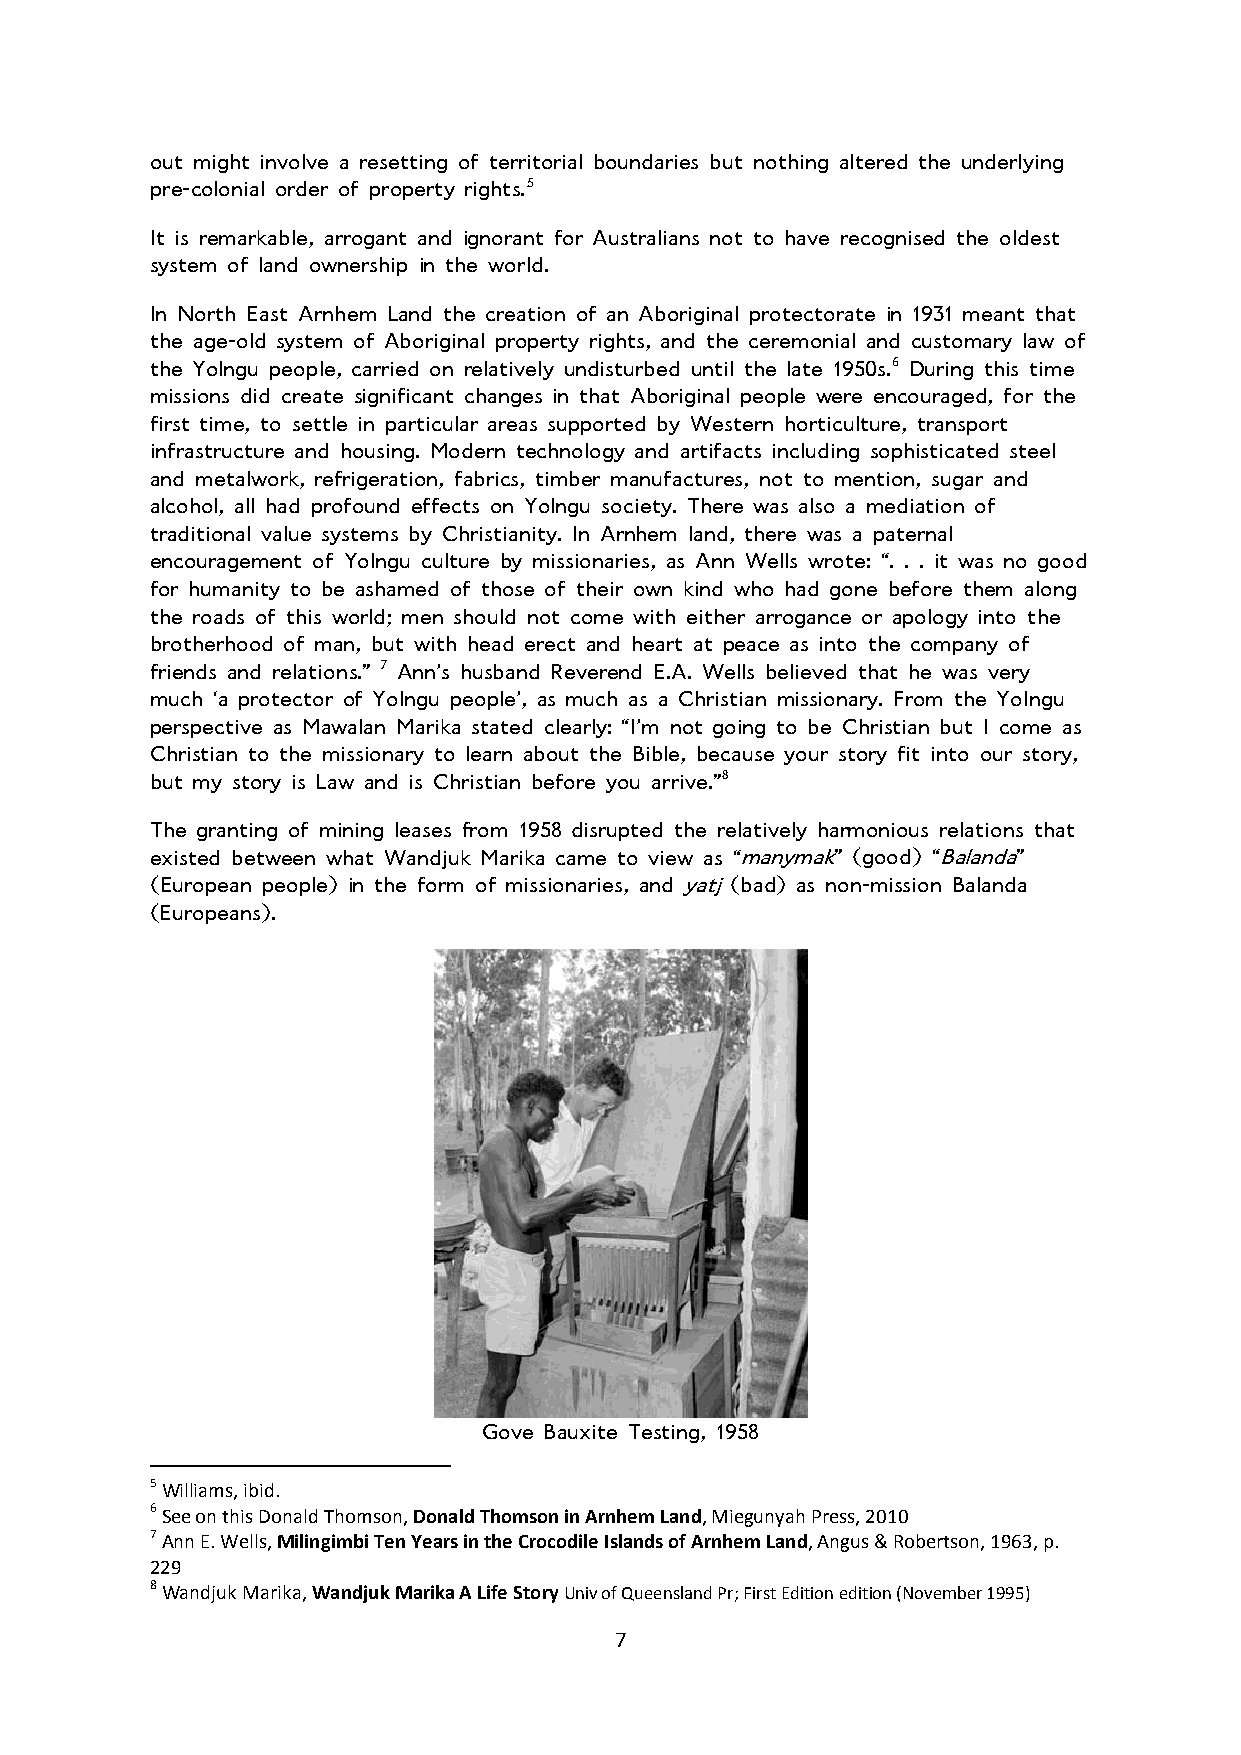
out might involve a resetting of territorial boundaries but nothing altered the underlying
 pre-colonial order of property rights.5
 It is remarkable, arrogant and ignorant for Australians not to have recognised the oldest
 system of land ownership in the world.
 In North East Arnhem Land the creation of an Aboriginal protectorate in 1931 meant that
 the age-old system of Aboriginal property rights, and the ceremonial and customary law of
 the Yolngu people, carried on relatively undisturbed until the late 1950s.6 During this time
 missions did create significant changes in that Aboriginal people were encouraged, for the
 first time, to settle in particular areas supported by Western horticulture, transport
 infrastructure and housing. Modern technology and artifacts including sophisticated steel
 and metalwork, refrigeration, fabrics, timber manufactures, not to mention, sugar and
 alcohol, all had profound effects on Yolngu society. There was also a mediation of
 traditional value systems by Christianity. In Arnhem land, there was a paternal
 encouragement of Yolngu culture by missionaries, as Ann Wells wrote: “. . . it was no good
 for humanity to be ashamed of those of their own kind who had gone before them along
 the roads of this world; men should not come with either arrogance or apology into the
 brotherhood of man, but with head erect and heart at peace as into the company of
 friends and relations.” 7 Ann’s husband Reverend E.A. Wells believed that he was very
 much ‘a protector of Yolngu people’, as much as a Christian missionary. From the Yolngu
 perspective as Mawalan Marika stated clearly: “I’m not going to be Christian but I come as
 Christian to the missionary to learn about the Bible, because your story fit into our story,
 but my story is Law and is Christian before you arrive.”8
 The granting of mining leases from 1958 disrupted the relatively harmonious relations that
 existed between what Wandjuk Marika came to view as “manymak” (good) “Balanda”
 (European people) in the form of missionaries, and yatj (bad) as non-mission Balanda
 (Europeans).
 Gove Bauxite Testing, 1958
 5 Williams, ibid.
 6 See on this Donald Thomson, Donald Thomson in Arnhem Land, Miegunyah Press, 2010
 7 Ann E. Wells, Milingimbi Ten Years in the Crocodile Islands of Arnhem Land, Angus & Robertson, 1963, p.
 229
 8 Wandjuk Marika, Wandjuk Marika A Life Story Univ of Queensland Pr; First Edition edition (November 1995)
 7